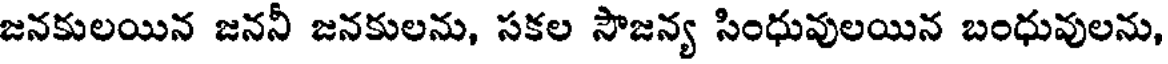
జనకులయిన జననీ జనకులను, సకల సౌజన్య సింధువులయిన బంధువులను,